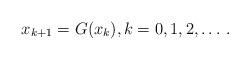
LaTeX: \begin{align*}x_{k+1} = G(x_k),k=0,1,2,\dots\,.\end{align*}